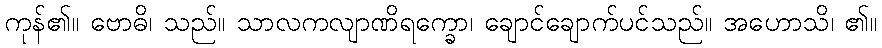
ကုန်၏။ ဗောဓိ၊ သည်။ သာလကလျာဏိရက္ခော၊ ချောင်ချောက်ပင်သည်။ အဟောသိ၊ ၏။